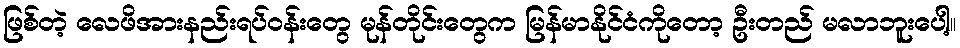
ဖြစ်တဲ့ လေဖိအားနည်းရပ်ဝန်းတွေ မုန်တိုင်းတွေက မြန်မာနိုင်ငံကိုတော့ ဦးတည် မလာဘူးပေါ့။